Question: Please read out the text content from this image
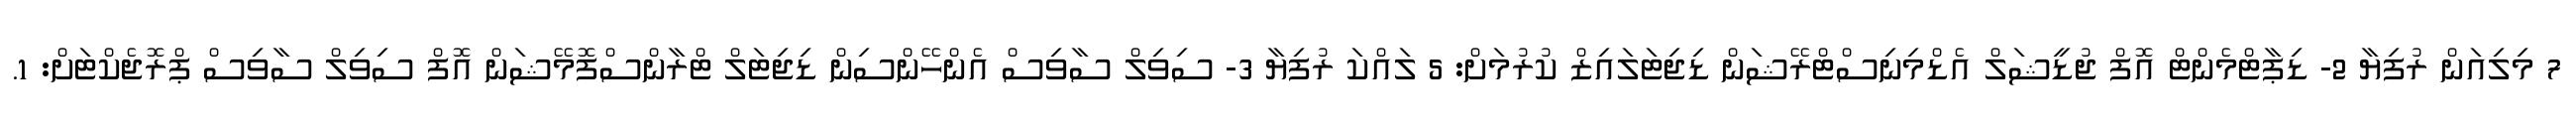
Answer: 7 މިލިއަން ރުފިޔާ 2- ޑިޕާޓްމެންޓް އޮފް ޖުޑީޝަލް އެޑްމިނިސްޓްރޭޝަން ޑިޖިޓަލައިޒް ކުރުމަށް: 5 ލައްކަ ރުފިޔާ 3- ސިވިލް ސާވިސް އެންހޭންސިން ޑިޖިޓަލް ޓްރާންސްފޮމޭޝަން އޮފް ސިވިލް ސާވިސް ޕްރޮޖެކްޓަށް: 1.